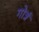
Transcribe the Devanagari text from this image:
गोत्रं